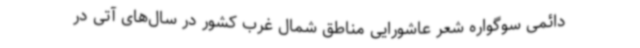
دائمی سوگواره شعر عاشورایی مناطق شمال غرب کشور در سال‌های آتی در